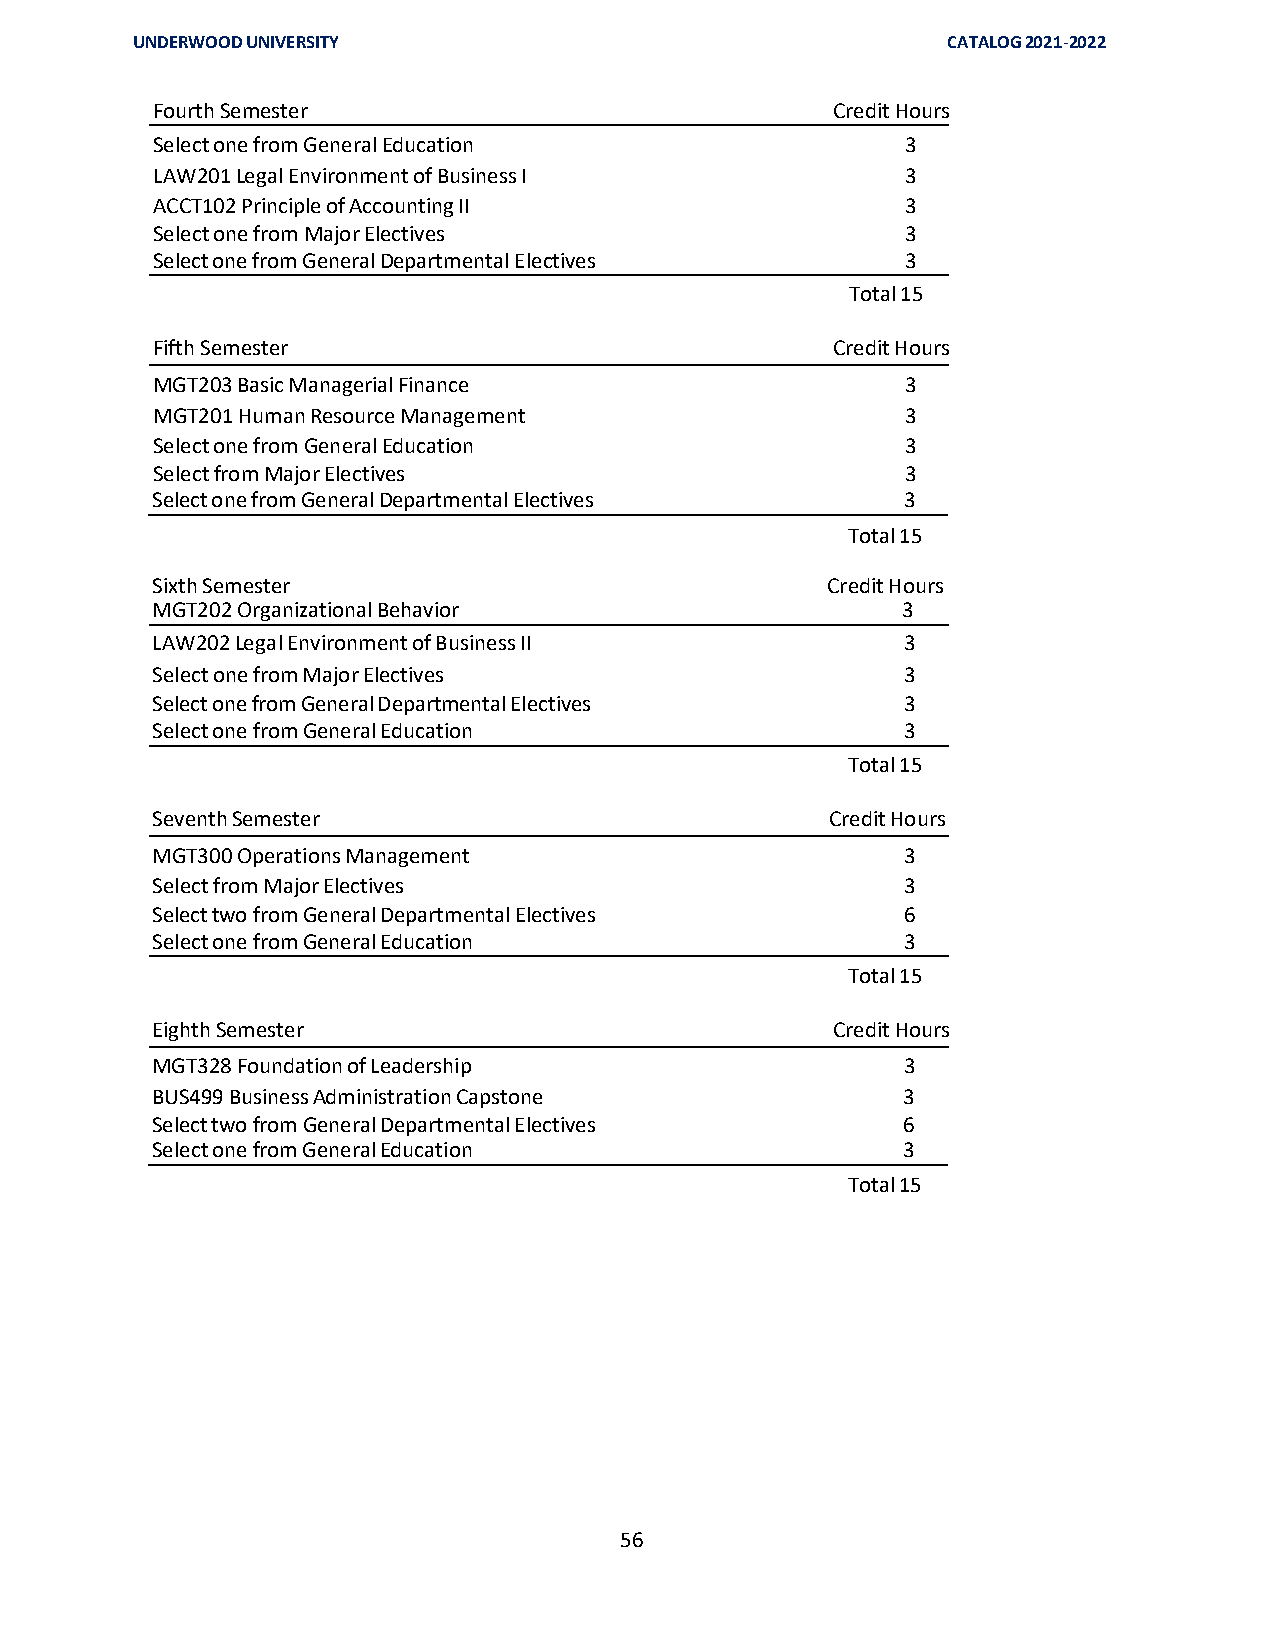
UNDERWOOD UNIVERSITY                                  CATALOG 2021-2022
 Fourth Semester                              Credit Hours
 Select one from General Education                 3
 LAW201 Legal Environment of Business I            3
 ACCT102 Principle of Accounting II                3
 Select one from Major Electives                   3
 Select one from General Departmental Electives    3
 Total 15
 Fifth Semester                               Credit Hours
 MGT203 Basic Managerial Finance                   3
 MGT201 Human Resource Management                  3
 Select one from General Education                 3
 Select from Major Electives                       3
 Select one from General Departmental Electives    3
 Total 15
 Sixth Semester                               Credit Hours
 MGT202 Organizational Behavior                    3
 LAW202 Legal Environment of Business II           3
 Select one from Major Electives                   3
 Select one from General Departmental Electives    3
 Select one from General Education                 3
 Total 15
 Seventh Semester                             Credit Hours
 MGT300 Operations Management                      3
 Select from Major Electives                       3
 Select two from General Departmental Electives    6
 Select one from General Education                 3
 Total 15
 Eighth Semester                              Credit Hours
 MGT328 Foundation of Leadership                   3
 BUS499 Business Administration Capstone           3
 Select two from General Departmental Electives    6
 Select one from General Education                 3
 Total 15
 56